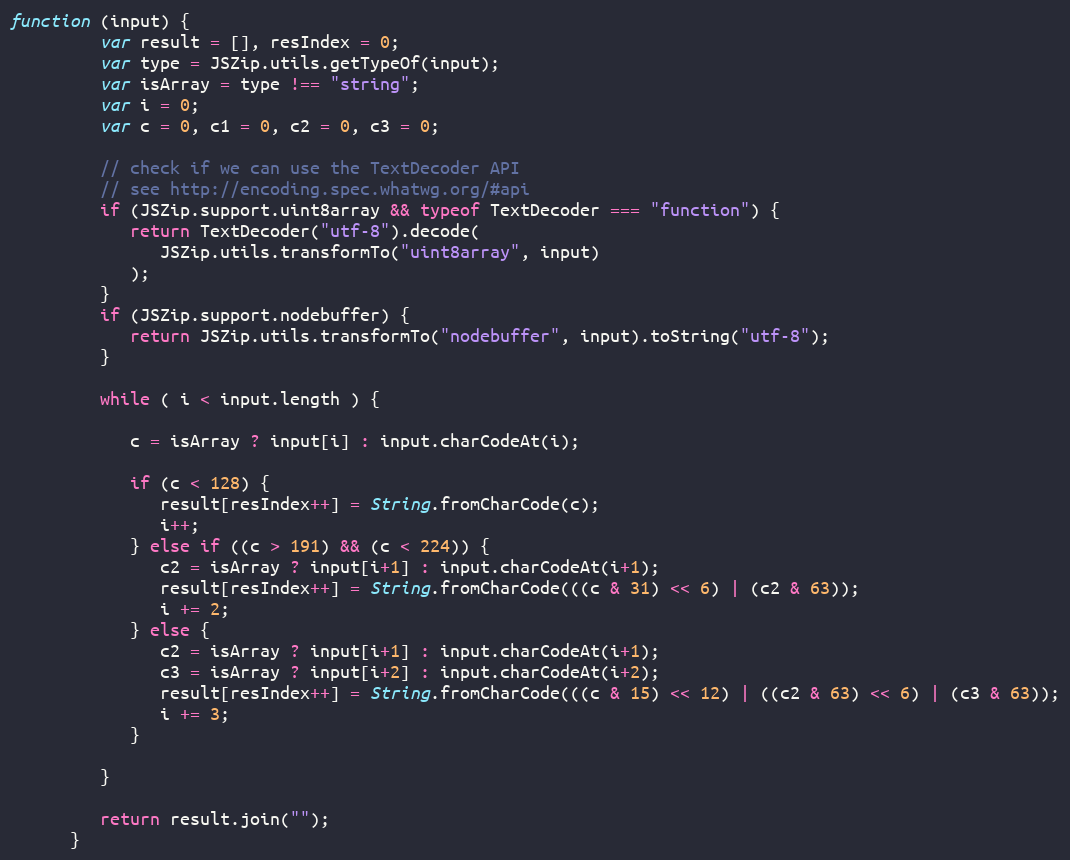
Language: JavaScript
function (input) {
         var result = [], resIndex = 0;
         var type = JSZip.utils.getTypeOf(input);
         var isArray = type !== "string";
         var i = 0;
         var c = 0, c1 = 0, c2 = 0, c3 = 0;

         // check if we can use the TextDecoder API
         // see http://encoding.spec.whatwg.org/#api
         if (JSZip.support.uint8array && typeof TextDecoder === "function") {
            return TextDecoder("utf-8").decode(
               JSZip.utils.transformTo("uint8array", input)
            );
         }
         if (JSZip.support.nodebuffer) {
            return JSZip.utils.transformTo("nodebuffer", input).toString("utf-8");
         }

         while ( i < input.length ) {

            c = isArray ? input[i] : input.charCodeAt(i);

            if (c < 128) {
               result[resIndex++] = String.fromCharCode(c);
               i++;
            } else if ((c > 191) && (c < 224)) {
               c2 = isArray ? input[i+1] : input.charCodeAt(i+1);
               result[resIndex++] = String.fromCharCode(((c & 31) << 6) | (c2 & 63));
               i += 2;
            } else {
               c2 = isArray ? input[i+1] : input.charCodeAt(i+1);
               c3 = isArray ? input[i+2] : input.charCodeAt(i+2);
               result[resIndex++] = String.fromCharCode(((c & 15) << 12) | ((c2 & 63) << 6) | (c3 & 63));
               i += 3;
            }

         }

         return result.join("");
      }